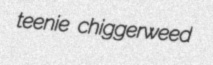
teenie chiggerweed